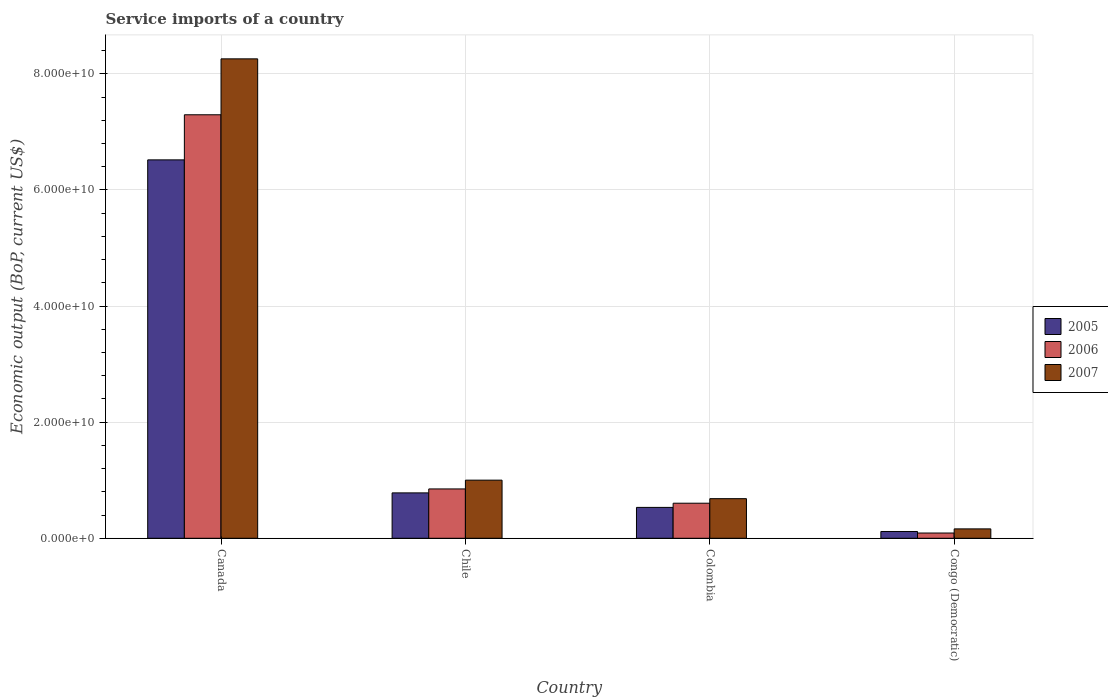
| Country | 2005 | 2006 | 2007 |
 | --- | --- | --- | --- |
 | Canada | 6.52e+10 | 7.29e+10 | 8.26e+10 |
 | Chile | 7.82e+09 | 8.5e+09 | 1e+10 |
 | Colombia | 5.32e+09 | 6.04e+09 | 6.82e+09 |
 | Congo (Democratic) | 1.17e+09 | 9.06e+08 | 1.62e+09 |